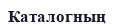
Каталогның